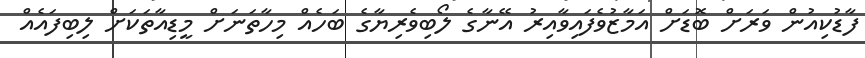
ފާޑުކިއުން ވަރަށް ބޮޑަށް އަމާޒުވެފައިވާއިރު އޭނާގެ ލޯބިވެރިޔާގެ ބަހެއް މިހާތަނަށް މީޑިއާތަކަށް ލިބިފައެއް